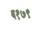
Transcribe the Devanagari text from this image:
६१७९